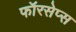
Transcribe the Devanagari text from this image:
फॉरसेप्स